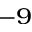
^ { - 9 }